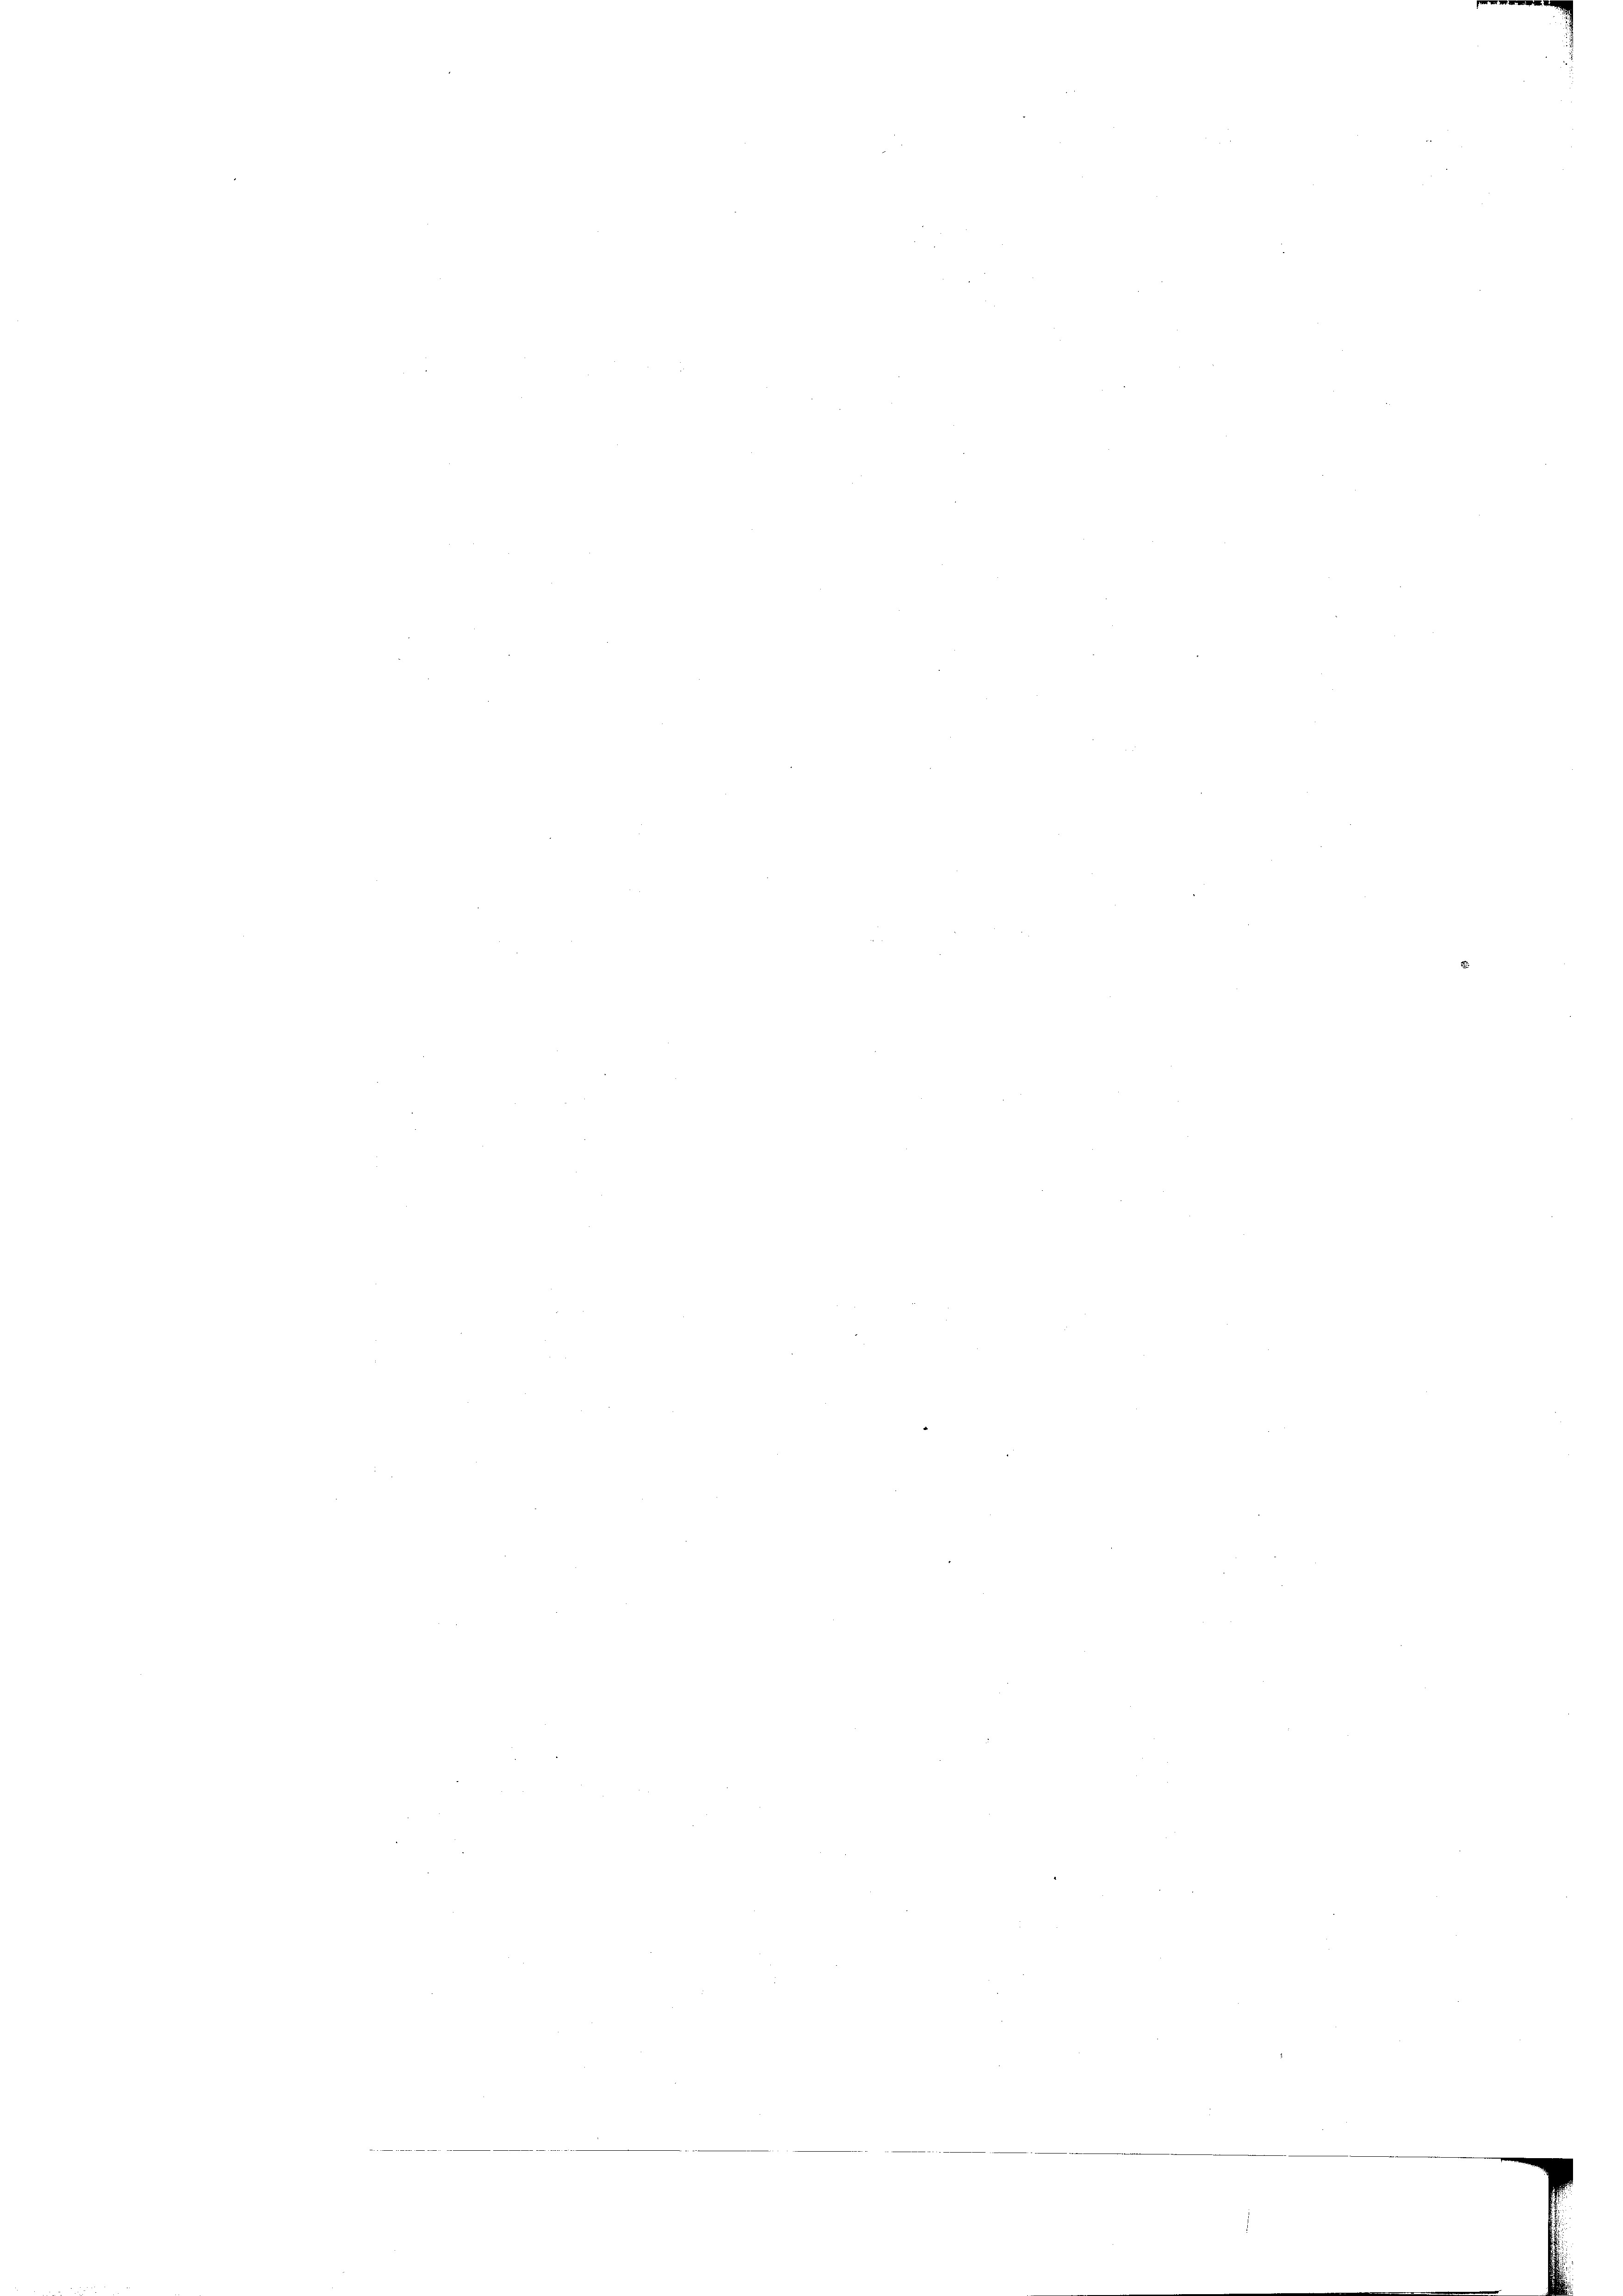
e

d

.